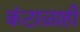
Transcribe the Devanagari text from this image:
कंटाळाही